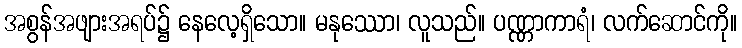
အစွန်အဖျားအရပ်၌ နေလေ့ရှိသော။ မနုဿော၊ လူသည်။ ပဏ္ဏာကာရံ၊ လက်ဆောင်ကို။